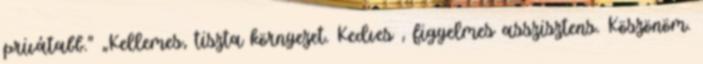
privátabb.” „Kellemes, tiszta környezet. Kedves , figyelmes asszisztens. Köszönöm.